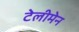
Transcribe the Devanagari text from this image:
टेलीमेन